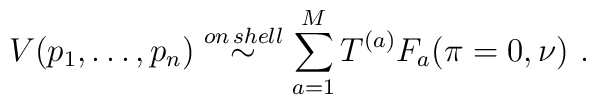
V(p_1, \ldots , p_n) \stackrel{on\, shell} {\sim}\sum\limits_{a=1}^{M} T^{(a)} F_a(\pi = 0, \nu)\ .